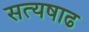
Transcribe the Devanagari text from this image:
सत्यषाढ